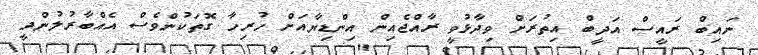
ނައިބް ރައީސް އަދީބް އިތުރަށް ވިދާޅުވީ ރާއްޖެއިން އިންޑިޔާއަށް ހުރިހާ ގޮތަކުންވެސް އެއްބާރުލުންދީ